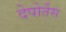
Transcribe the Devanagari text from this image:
देपोर्तेस